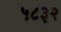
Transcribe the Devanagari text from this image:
५८३२